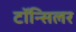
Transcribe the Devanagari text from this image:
टॉन्सिलर